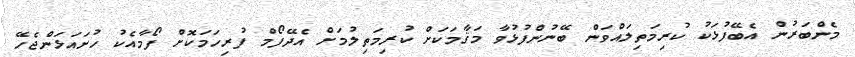
މެންބަރުން އެބޭފުޅަކު ކުރިމަތިލައްވަން ބޭނުންފުޅުވާ މަޤާމަކަށް ކުރިމަތިލުމަށް އެދޭފޯމް ފުރިހަމަކޮށް ފޯމާއެކު ހުށައަޅަންޖެހޭ